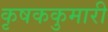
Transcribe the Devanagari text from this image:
कृषककुमारी